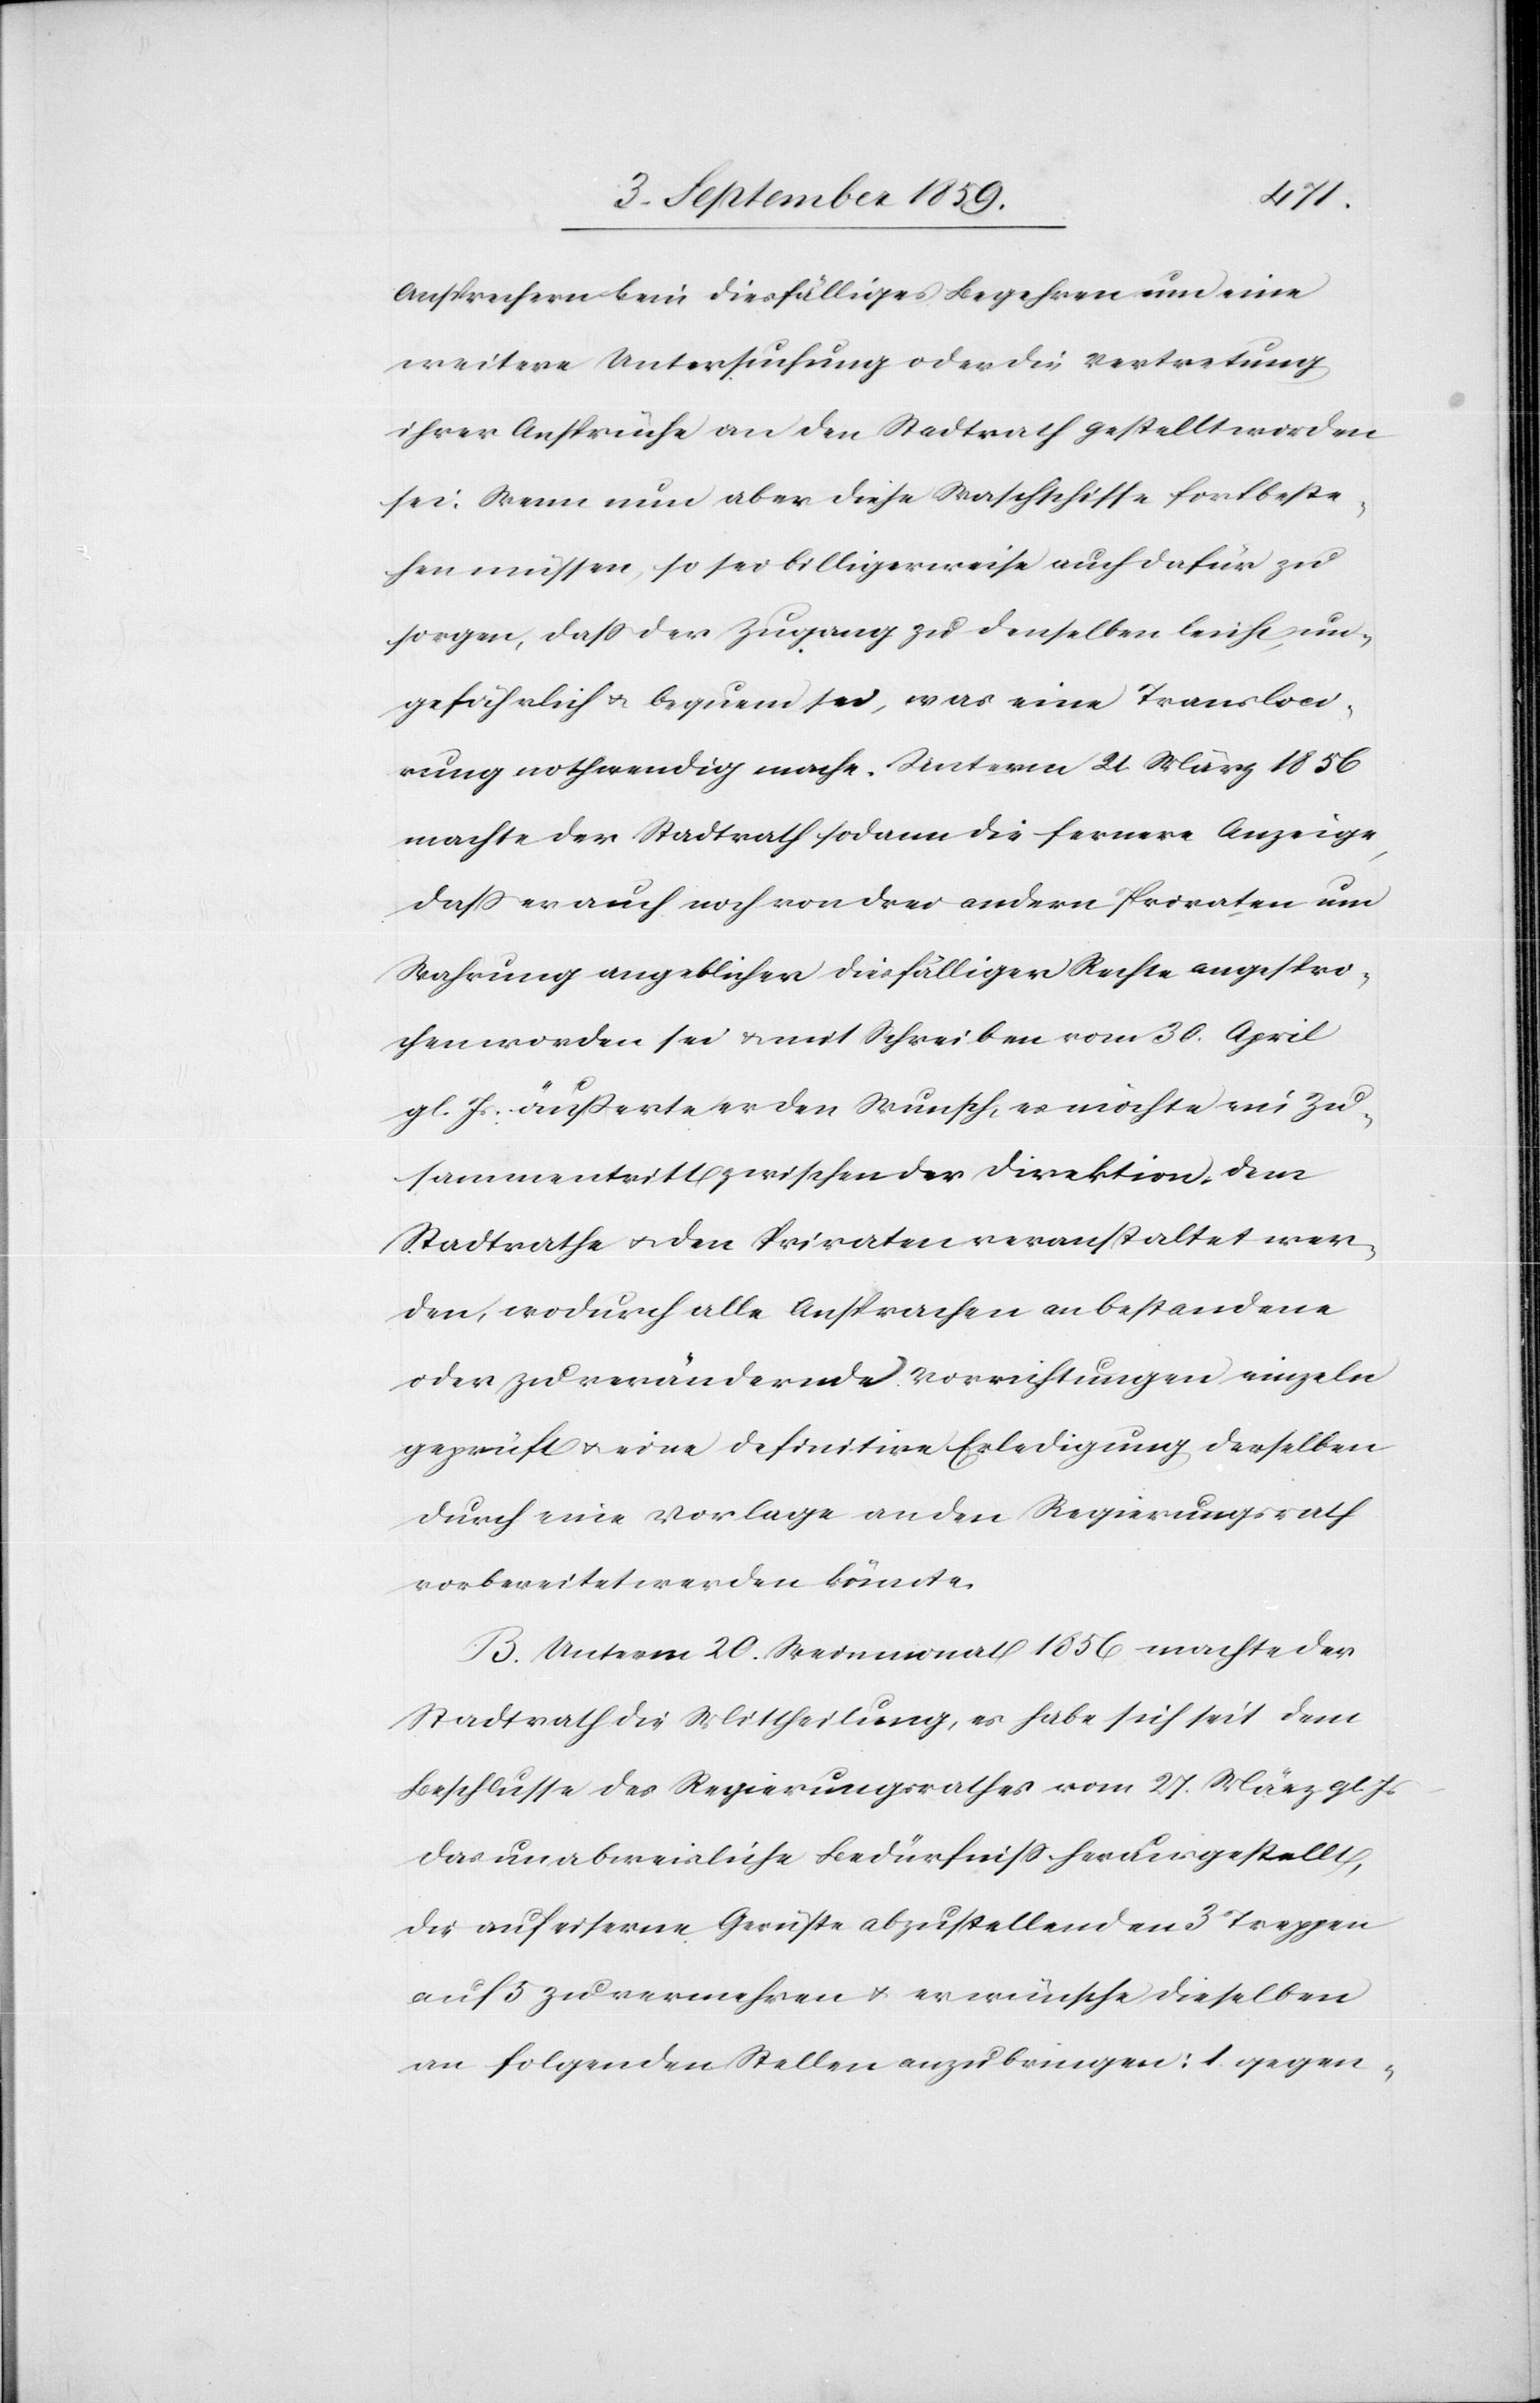
Ansprechern beim diesfälligen Begehren um eine
weitere Untersuchung oder die Vertretung
ihrer Ansprüche an den Stadtrath gestellt worden
sei. Wenn nun aber diese Waschschiffe fortbeste¬
hen müssen, so sei billigerweise auch dafür zu
sorgen, daß der Zugang zu denselben leicht, un¬
gefährlich & bequem sei, was eine Transloci¬
rung nothwendig mache. Unterm 21. März 1856
machte der Stadtrath sodann die fernere Anzeige,
daß er auch noch von drei andern Privaten um
Wahrung angeblicher diesfälliger Rechte angespro¬
chen worden sei & mit Schreiben vom 30. April
gl. Js. äußerste er den Wunsch, es möchte ein Zu¬
sammentritt zwischen der Direktion, dem
Stadtrathe & den Privaten veranstaltet wer¬
den, wodurch alle Ansprachen an bestandene
oder zu verändernde Vorrichtungen einzeln
geprüft & eine definitive Erledigung derselben
durch eine Vorlage an den Regierungsrath
vorbereitet werden könnte.
B. Unterm 20. Weinmonat 1856 machte der
Stadtrath die Mittheilung, es habe sich seit dem
Beschlusse des Regierungsrathes vom 27. März gl.
das unabweisliche Bedürfniß herausgestellt,
die auf eiserne Gerüste abzustellenden 3 Treppen
auf 5 zu vermehren & es wünsche dieselben
an folgenden Stellen anzubringen: 1 gegen-